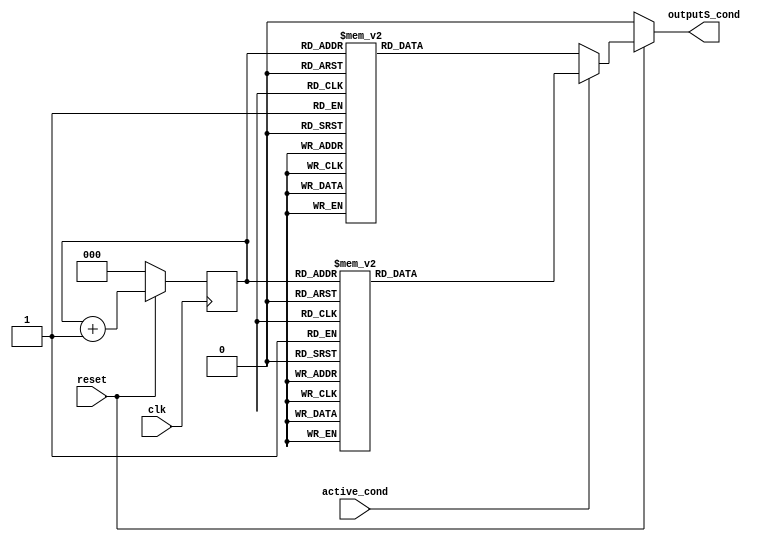
module ParaleloSerial_PhyRX(
	input clk,
	input active_cond,
	input reset,
	output reg outputS_cond);
					

    reg[2:0] selector; 

always @(posedge clk) begin
	if (reset == 0) begin
		//outputS_cond  <= 1'b0;
		selector <= 3'b000;
	end
	else begin
		selector <= selector + 1;
	end
end

//Revisar entradas en cada flanco positivo del reloj
//Este modulo funciona como un Demux
always @(*) begin 
	if (reset == 0) begin
		outputS_cond  <= 1'b0;
	end
	else if (active_cond == 0) begin
		case(selector) // si el valid es 0 pone un BC en la salida. 
			3'b000: outputS_cond <= 1;        
			3'b001: outputS_cond <= 0;          
			3'b010: outputS_cond <= 1;                
			3'b011: outputS_cond <= 1;  
			3'b100: outputS_cond <= 1;        
			3'b101: outputS_cond <= 1;                
			3'b110: outputS_cond <= 0;                
			3'b111: outputS_cond <= 0;                       
		endcase
	end
	else begin	
        // Si el valid es 1 salen los datos de la logica de muxes
		case(selector)
			3'b000: outputS_cond <= 0;        
			3'b001: outputS_cond <= 1;                
			3'b010: outputS_cond <= 1;                
			3'b011: outputS_cond <= 1;  
			3'b100: outputS_cond <= 1;        
			3'b101: outputS_cond <= 1;                
			3'b110: outputS_cond <= 0;                
			3'b111: outputS_cond <= 0;                       
		endcase
	end
end

endmodule